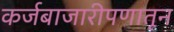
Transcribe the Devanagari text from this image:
कर्जबाजारीपणातून